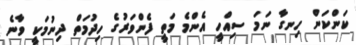
ކަންކަން ހިނގާ ނަމަ ސިއްހީ އެންމެ މަތީ ފެންވަރުގެ ހިދުމަތް ދިނުމަކީ ވާނެ